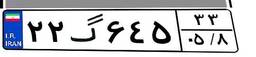
۲۲گ۶۴۵۳۳